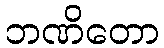
ဘဏိတော